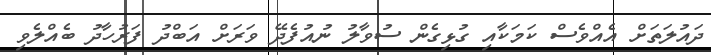
ދައުލަތަށް އެއްވެސް ކަމަކާއި ގުޅިގެން ސުވާލު ނުއުފެދޭ ވަރަށް އަބްދު ފަރުހާދު ބެއްލެވި